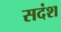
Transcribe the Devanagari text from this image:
सदंश